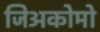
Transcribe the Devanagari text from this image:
जिअकोमो